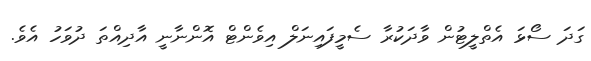
ގަދަ ސޯޅަ އެތްލީޓުން ވާދަކުރާ ސެމީފައިނަލް އިވެންޓް އޮންނާނީ އާދިއްތަ ދުވަހު އެވެ.